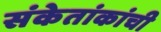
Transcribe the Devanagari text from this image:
संकेतांकांची